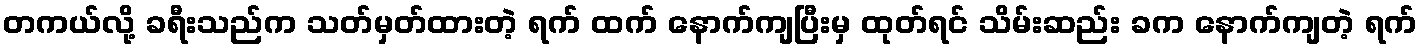
တကယ်လို့ ခရီးသည်က သတ်မှတ်ထားတဲ့ ရက် ထက် နောက်ကျပြီးမှ ထုတ်ရင် သိမ်းဆည်း ခက နောက်ကျတဲ့ ရက်